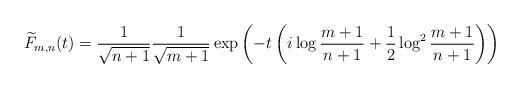
LaTeX: \begin{align*}\widetilde{F}_{m,n}(t) = \frac{1}{\sqrt{n+1}} \frac{1}{\sqrt{m+1}} \exp\left(-t\left(i\log{\frac{m+1}{n+1}} + \frac{1}{2}\log^2{\frac{m+1}{n+1}}\right)\right)\end{align*}